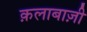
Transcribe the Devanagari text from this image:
क़लाबाज़ी